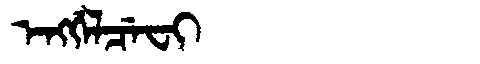
Manchu: ᡝᠩᡤᡝᠯᠴᡝᠸᡳ
Romanization: ENGGELCEFI